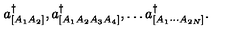
a _ { [ A _ { 1 } A _ { 2 } ] } ^ { \dagger } , a _ { [ A _ { 1 } A _ { 2 } A _ { 3 } A _ { 4 } ] } ^ { \dagger } , \dots a _ { [ A _ { 1 } \cdots A _ { 2 N } ] } ^ { \dagger } .